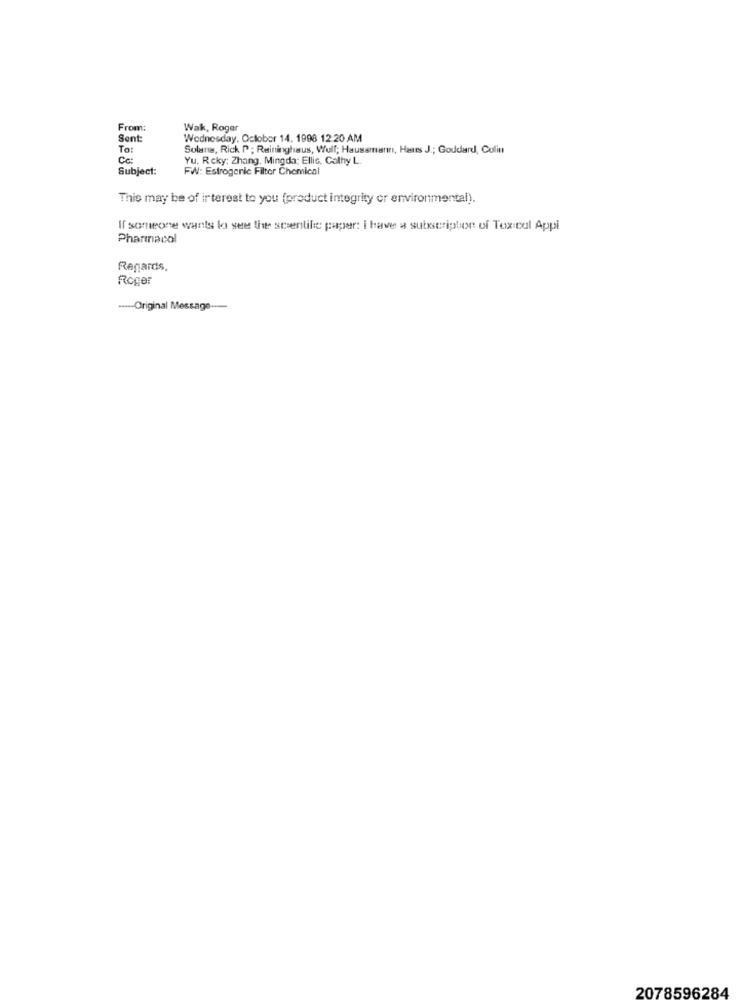
From:
Wak, Roger
Sent
Wednesday, October 14. 1998 12:20 AM
To:
Solana, Rick P ; Reininghaus, Wulf; Haussmann, Hans J .; Goddard, Culin
Cc:
Yu. Rcky: Zhang, Mingda; Ellic. Cathy L
Subject:
FW: Estrogenic Filter Chemical
This may be of interest to you (product integrity or environmental).
If someone wants lo see the scentile paper: I have a subscription of Toxicol Appi
Pharmacol
Regards,
Roger
----- Original Message --
2078596284